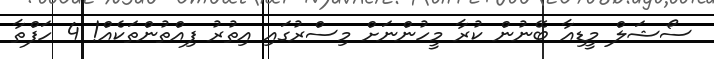
ސޯޝަލް މީޑިއާ ބޭނުން ކުރާ މީހުންނަށް މިސްރުގައި އިތުރު ފިއްތުންތަކެއް! 4 ހަފްތާ